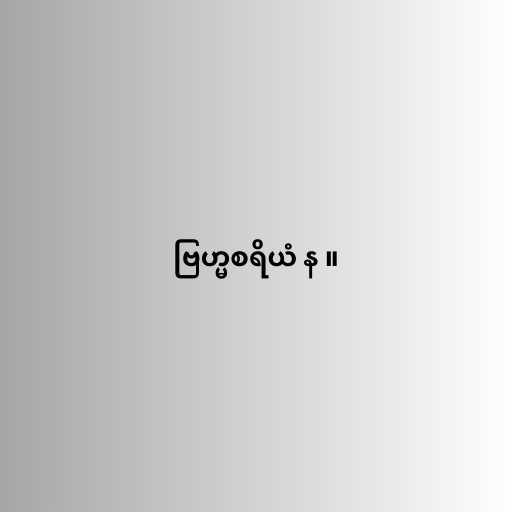
ဗြဟ္မစရိယံ န ။